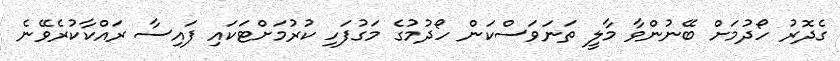
ގެދޮރު ހޯދުމަށް ބޭނުންވާ މާލީ ތަނަވަސްކަން ހޯދުމުގެ މަގުފަހި ކުރުމަށްޓަކައި ފައިސާ ރައްކާކުރެވޭނެ